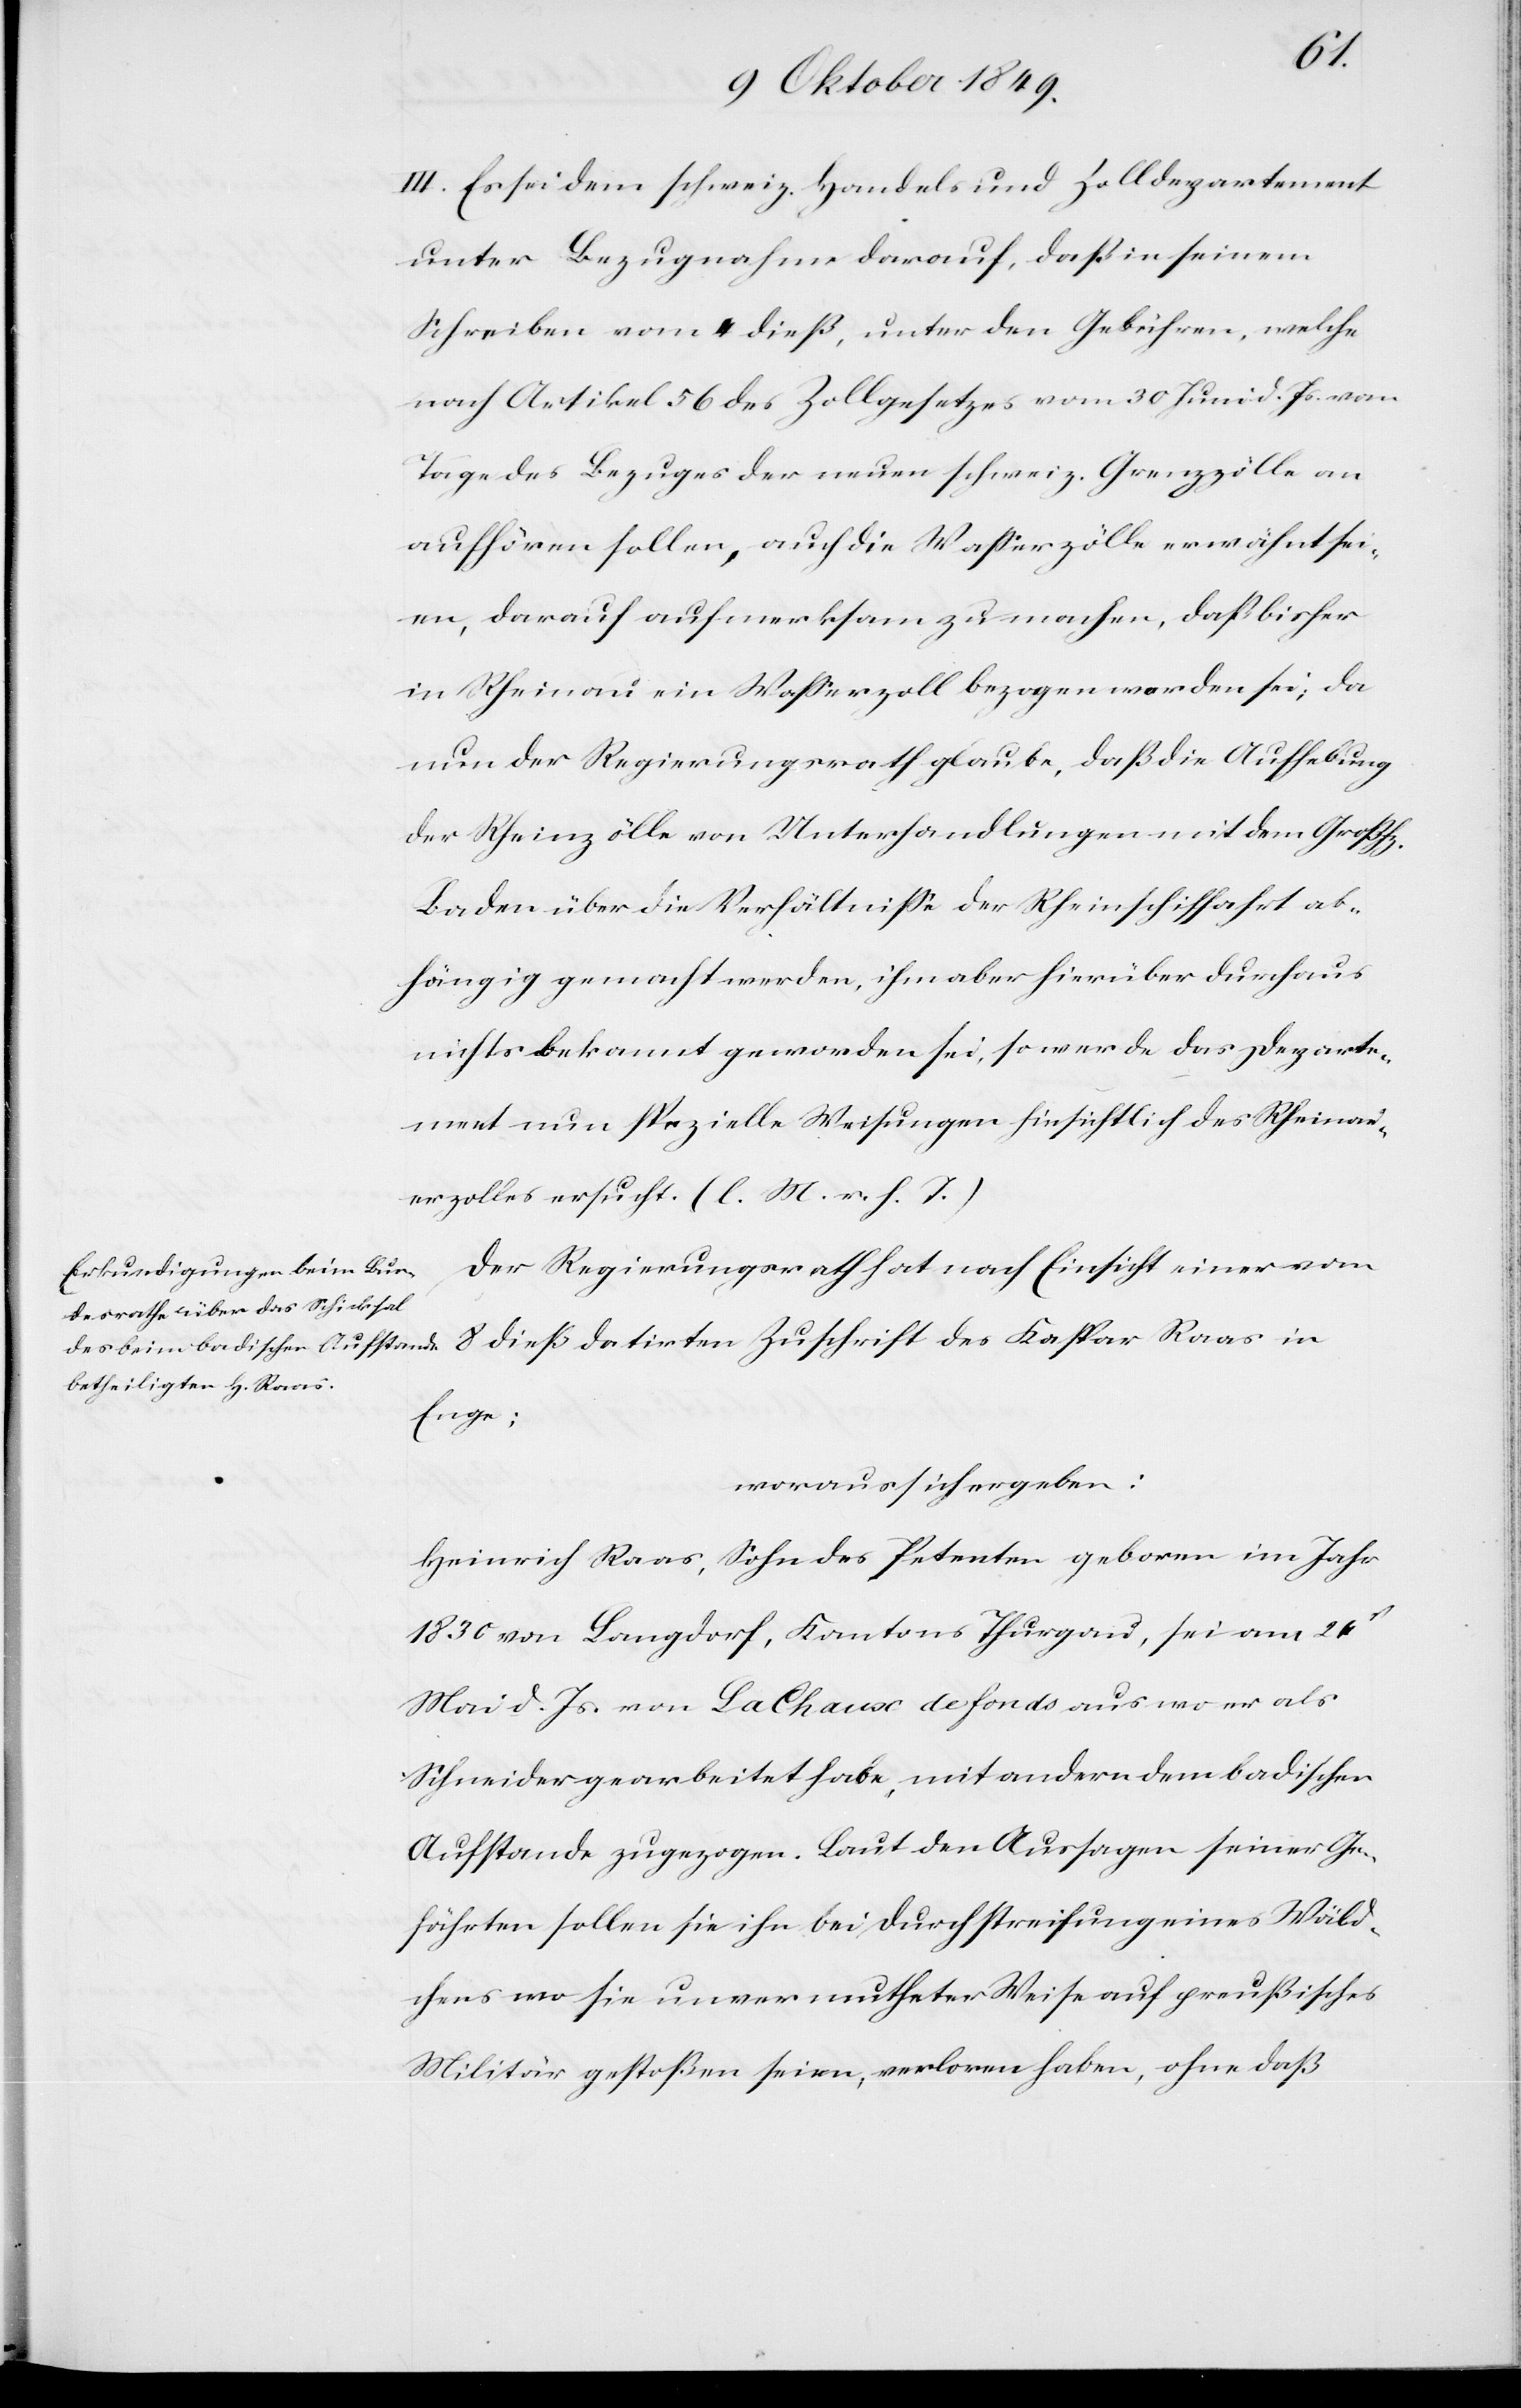
III. Es sei dem schweiz. Handels- u. Zolldepartement
unter Bezugnahme darauf, daß in seinem
Schreiben vom 4 dieß, unter den Gebühren, welche
nach Artikel 56 des Zollgesetzes vom 30 Juni d. Js. vom
Tage des Bezuges der neuen schweiz. Grenzzölle an
aufhören sollen, auch die Waßerzölle erwähnt sei¬
en, darauf aufmerksam zu machen, daß bisher
in Rheinau ein Waßerzoll bezogen worden sei, da
nun der Regierungsrath glaube, daß die Aufhebung
der Rheinzölle von Unterhandlungen mit dem Großhz.
Baden über die Verhältniße der Rheinschiffahrt ab¬
hängig gemacht werden, ihm aber hierüber durchaus
nichts bekannt geworden sei, so werde das Departe¬
ment nun [um] spezielle Weisungen hinsichtlich des Rheinau¬
erzolles ersucht. [l. M. v. h. T]
Der Regierungsrath hat nach Einsicht einer vom
8 dieß datirten Zuschrift des Kaspar Raas in
Enge;
woraus sich ergeben:
Heinrich Raas, Sohn des Petenten geboren im Jahr
1830 von Langdorf, Kantons Thurgau, sei am 26t
Mai d. Js. von La Chaux de fonds aus wo er als
Schneider gearbeitet habe, mit andern dem badischen
Aufstandes zugezogen. Laut den Aussagen seiner Ge¬
fährten sollen sie ihn bei Durchstreichung eines Wäld¬
chens wo sie unvermutheter Weise auf preußisches
Militär gestoßen seien, verloren, ohne daß